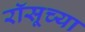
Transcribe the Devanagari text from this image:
रॉसूच्या